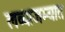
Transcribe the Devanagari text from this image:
लव्याजम्यात